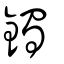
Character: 鐲